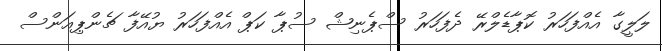
ލަލީގާ އެއްފަހަރު ކޮޕާޑެލްރޭ ދެފަހަރު ސްޕެނިޝް ސުޕާ ކަޕް އެއްފަހަރު ޔުއޭފާ ޗެންޕިއަންސް